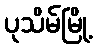
ပုသိမ်မြို့